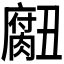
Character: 𮌾